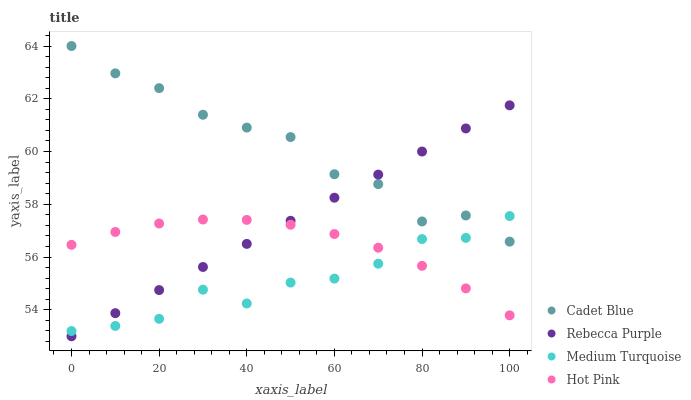
| xaxis_label | Cadet Blue | Rebecca Purple | Medium Turquoise | Hot Pink |
 | --- | --- | --- | --- | --- |
 | 0 | 64 | 53 | 53.2 | 56.5 |
 | 10 | 63 | 53.9 | 53.4 | 57 |
 | 20 | 62.4 | 54.8 | 53.7 | 57.3 |
 | 30 | 61.4 | 55.6 | 54.8 | 57.4 |
 | 40 | 60.9 | 56.5 | 54.2 | 57.4 |
 | 50 | 60.5 | 57.4 | 55 | 57.2 |
 | 60 | 59.1 | 58.3 | 55.2 | 56.9 |
 | 70 | 58.8 | 59.1 | 55.7 | 56.4 |
 | 80 | 57.4 | 60 | 56.7 | 55.7 |
 | 90 | 57.6 | 60.9 | 56.7 | 54.8 |
 | 100 | 56.6 | 61.8 | 57.6 | 53.8 |